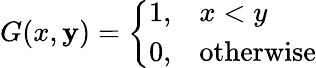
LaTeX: G(x,\mathbf{y})={\left\{ \begin{array}{ll}{1,}&{x<y}\\ {0,}&{{\mathrm{otherwise}}}\end{array}\right.}